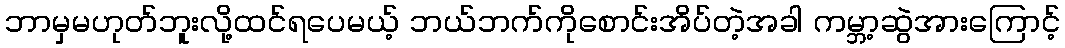
ဘာမှမဟုတ်ဘူးလို့ထင်ရပေမယ့် ဘယ်ဘက်ကိုစောင်းအိပ်တဲ့အခါ ကမ္ဘာ့ဆွဲအားကြောင့်